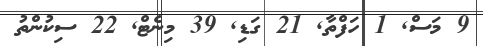
9 މަސް